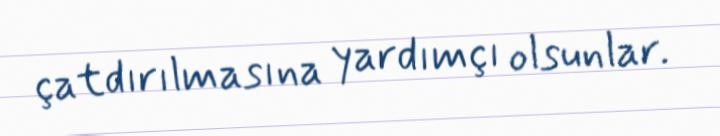
çatdırılmasına yardımçı olsunlar.